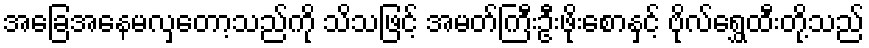
အခြေအနေမလှတော့သည်ကို သိသဖြင့် အမတ်ကြီးဦးဖိုးစောနှင့် ဗိုလ်ရွှေထီးတို့သည်